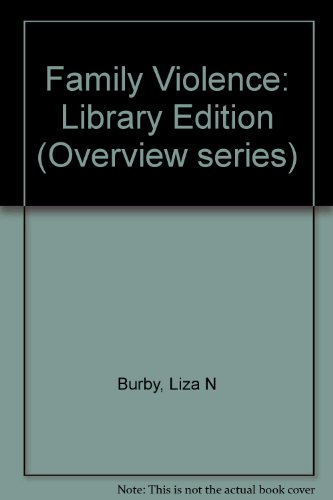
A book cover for Family Violence (Lucent Overview); Liza N. Burby; Teen & Young Adult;